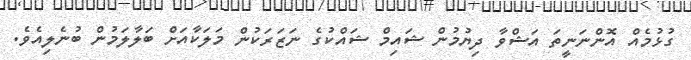
ގުޅުމެއް އޮންނަނީތަ އަޝްވާ ދިޔުމުން ޝައިމް ޝައްކުގެ ނަޒަރަކުން މަލަކާއަށް ބަލާލަމުން ބުނެލިއެވެ.